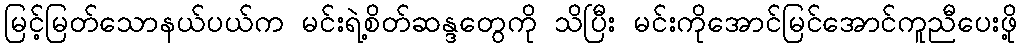
မြင့်မြတ်သောနယ်ပယ်က မင်းရဲ့စိတ်ဆန္ဒတွေကို သိပြီး မင်းကိုအောင်မြင်အောင်ကူညီပေးဖို့